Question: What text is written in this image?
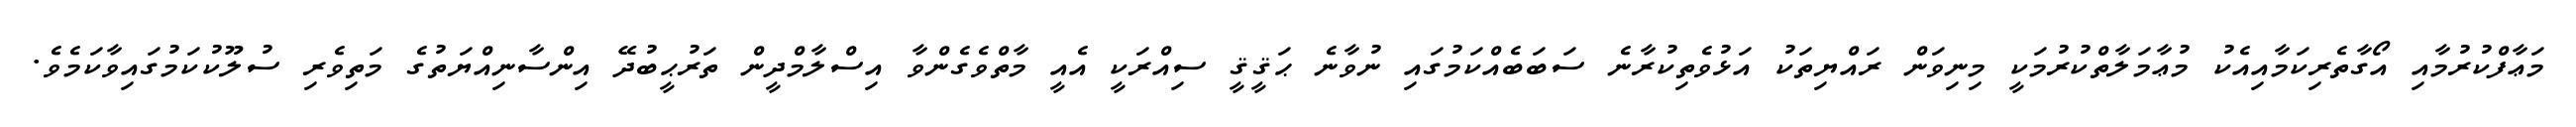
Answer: މަޢާފްކުރުމާއި އޯގާތެރިކަމާއިއެކު މުޢާމަލާތްކުރުމަކީ މިނިވަން ރައްޔިތަކު އަޅުވެތިކުރާނެ ސަބަބެއްކަމުގައި ނުވާނެ ޙަޤީޤީ ސިއްރަކީ އެއީ މާތްވެގެންވާ އިސްލާމްދީން ތަރުޙީބުދޭ އިންސާނިއްޔަތުގެ މަތިވެރި ސުލޫކުކަމުގައިވާކަމެވެ.